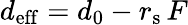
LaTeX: d_{\mathrm{eff}}=d_{0}-r_{\mathrm{s}}\, F